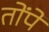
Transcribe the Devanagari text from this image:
तोंपें